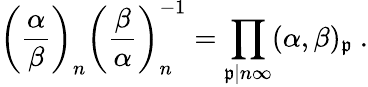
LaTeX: \left({\frac{\alpha}{\beta}}\right)_{n}\left({\frac{\beta}{\alpha}}\right)_{n}^{-1}=\prod_{{\mathfrak{p}}|n\infty}(\alpha,\beta)_{\mathfrak{p}}\ .